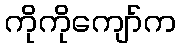
ကိုကိုကျော်က